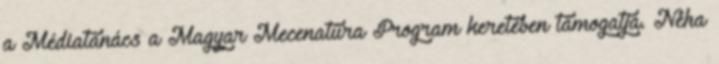
a Médiatanács a Magyar Mecenatúra Program keretében támogatja. Néha